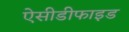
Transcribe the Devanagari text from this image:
ऐसीडीफाइड